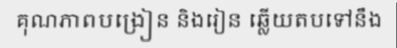
គុណភាពបង្រៀន និងរៀន ឆ្លើយតបទៅនឹង